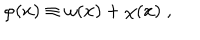
LaTeX: \varphi ( x ) \equiv \omega ( x ) + \chi ( x ) \; ,